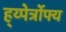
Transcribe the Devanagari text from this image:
ह्य्पेर्त्रोफ्य